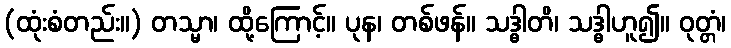
(ထုံးစံတည်း။) တသ္မာ၊ ထို့ကြောင့်။ ပုန၊ တစ်ဖန်။ သဒ္ဓါတိ၊ သဒ္ဓါဟူ၍။ ဝုတ္တံ၊